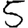
Digit: 5